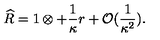
\widehat { R } = 1 \otimes + \frac { 1 } { \kappa } r + { \cal O } ( \frac { 1 } { \kappa ^ { 2 } } ) .